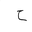
Letter: _ha